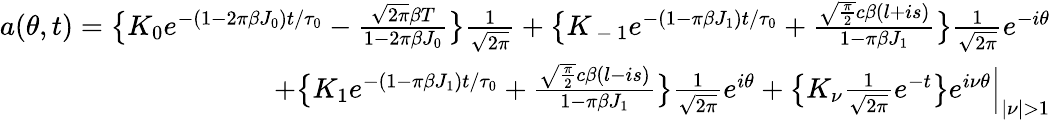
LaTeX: \begin{array}{r}{a(\theta,t)=\big\{ K_{0}e^{-(1-2\pi\beta J_{0})t/\tau_{0}}-\frac{\sqrt{2\pi}\beta T}{1-2\pi\beta J_{0}}\big\} \frac{1}{\sqrt{2\pi}}+\big\{ K_{\mathrm{~-~}1}e^{-(1-\pi\beta J_{1})t/\tau_{0}}+\frac{\sqrt{\frac{\pi}{2}}c\beta(l+is)}{1-\pi\beta J_{1}}\big\} \frac{1}{\sqrt{2\pi}}e^{-i\theta}}\\ {+\big\{ K_{1}e^{-(1-\pi\beta J_{1})t/\tau_{0}}+\frac{\sqrt{\frac{\pi}{2}}c\beta(l-is)}{1-\pi\beta J_{1}}\big\} \frac{1}{\sqrt{2\pi}}e^{i\theta}+\big\{ K_{\nu}\frac{1}{\sqrt{2\pi}}e^{-t}\big\} e^{i\nu\theta}\Big\lvert_{\lvert\nu\rvert>1}}\end{array}